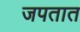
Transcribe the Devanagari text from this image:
जपतात